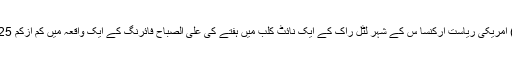
02 جولائی2017ء) امریکی ریاست آرکنسا س کے شہر لٹل راک کے ایک نائٹ کلب میں ہفتے کی علی الصباح فائرنگ کے ایک واقعہ میں کم ازکم 25 افراد زخمی ہوگئے۔